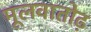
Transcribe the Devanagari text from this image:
मूलवातोढ़